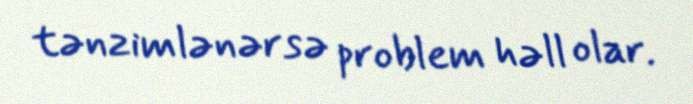
tənzimlənərsə problem həll olar.